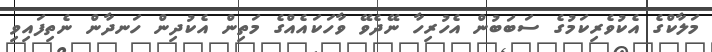
މަލާކްގެ އެކުވެރިކަމުގެ ސަބަބުން އެހުރިހާ ނޭދެވޭ ވާހަކައެއްގެ މަތިން އެކުދިން ހަނދާން ނެތިފައިވި